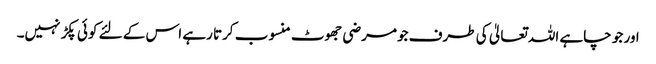
اور جو چاہے اللہ تعالیٰ کی طرف جومرضی جھوٹ منسوب کرتا رہے اس کے لئے کوئی پکڑ نہیں۔